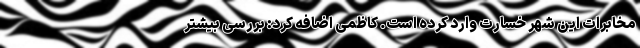
مخابرات این شهر خسارت وارد کرده است. کاظمی اضافه کرد: بررسی بیشتر